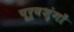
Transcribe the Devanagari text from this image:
पूर्वशृंगों